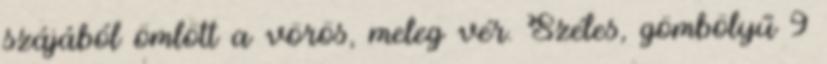
szájából ömlött a vörös, meleg vér. Széles, gömbölyű 9